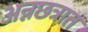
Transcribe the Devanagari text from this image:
अन्नछत्रात